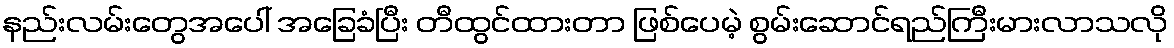
နည်းလမ်းတွေအပေါ် အခြေခံပြီး တီထွင်ထားတာ ဖြစ်ပေမဲ့ စွမ်းဆောင်ရည်ကြီးမားလာသလို